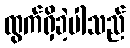
ထွက်ရှိခဲ့ပါသည်